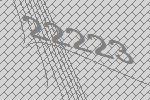
22223